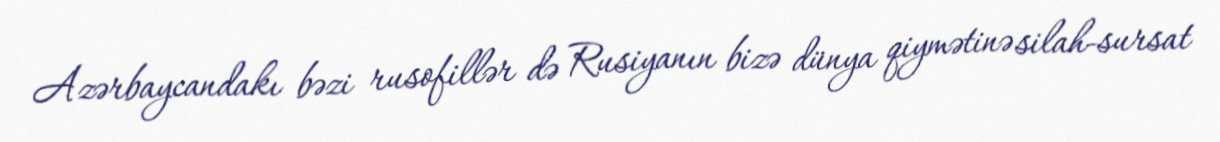
Azərbaycandakı bəzi rusofillər də Rusiyanın bizə dünya qiymətinə silah-sursat